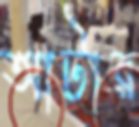
আটার